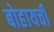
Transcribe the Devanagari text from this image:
बोहायची